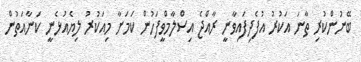
ބޭނުންކުރި ތާނަ އަކުރު އުފެދިފައިވާނީ ރާއްޖެ އިސްލާމްވީފަހުން ކަމަށާ މިއަކުރު ލިޔެއުޅެނީ ކަނާއަތުން